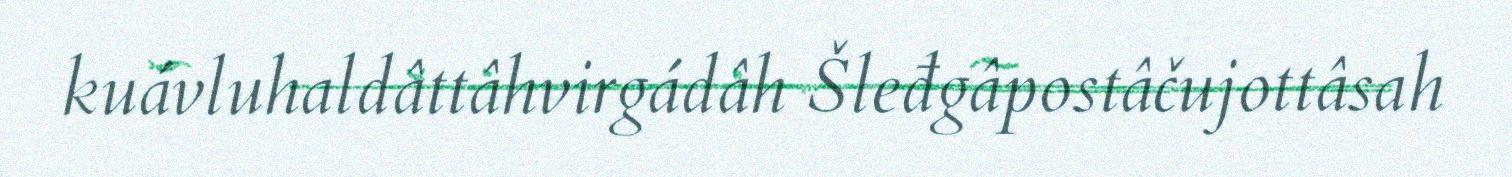
kuávluhaldâttâhvirgádâh Šleđgâpostâčujottâsah